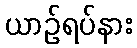
ယာဉ်ရပ်နား